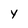
Character: y